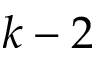
k - 2